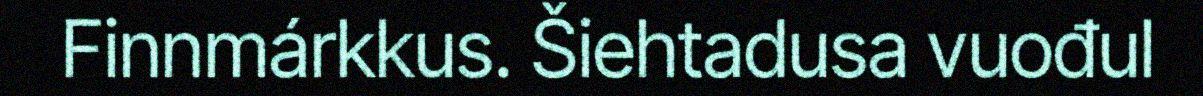
Finnmárkkus. Šiehtadusa vuođul